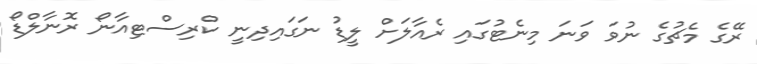
ރޭގެ މެޗުގެ ނުވަ ވަނަ މިނެޓުގައި ރެއާލަށް ލީޑު ނަގައިދިނީ ކްރިސްޓިއާނޯ ރޮނާލްޑޯ